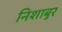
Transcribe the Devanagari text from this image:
निशाबुर